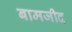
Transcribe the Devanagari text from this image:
बामजीद